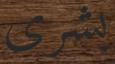
بشرى